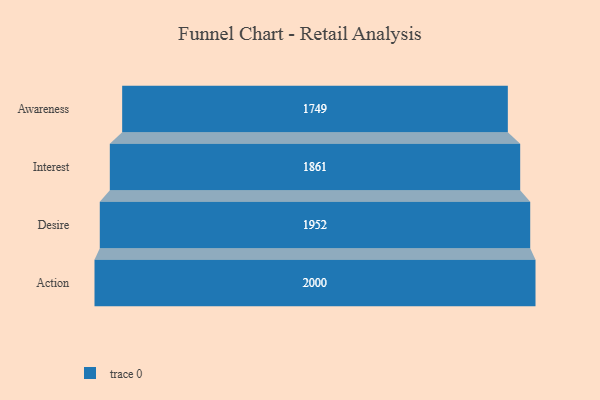
{"axis": {"x": "Stage", "y": "Value"}, "legend": [""], "data": [{"x": "Awareness", "y": 1749.0, "type": ""}, {"x": "Interest", "y": 1861.0, "type": ""}, {"x": "Desire", "y": 1952.0, "type": ""}, {"x": "Action", "y": 2000, "type": ""}]}